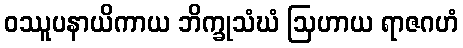
ဝဿူပနာယိကာယ ဘိက္ခုသံဃံ ဩဟာယ ရာဇဂဟံ